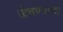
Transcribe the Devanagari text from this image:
जेवण्याचा